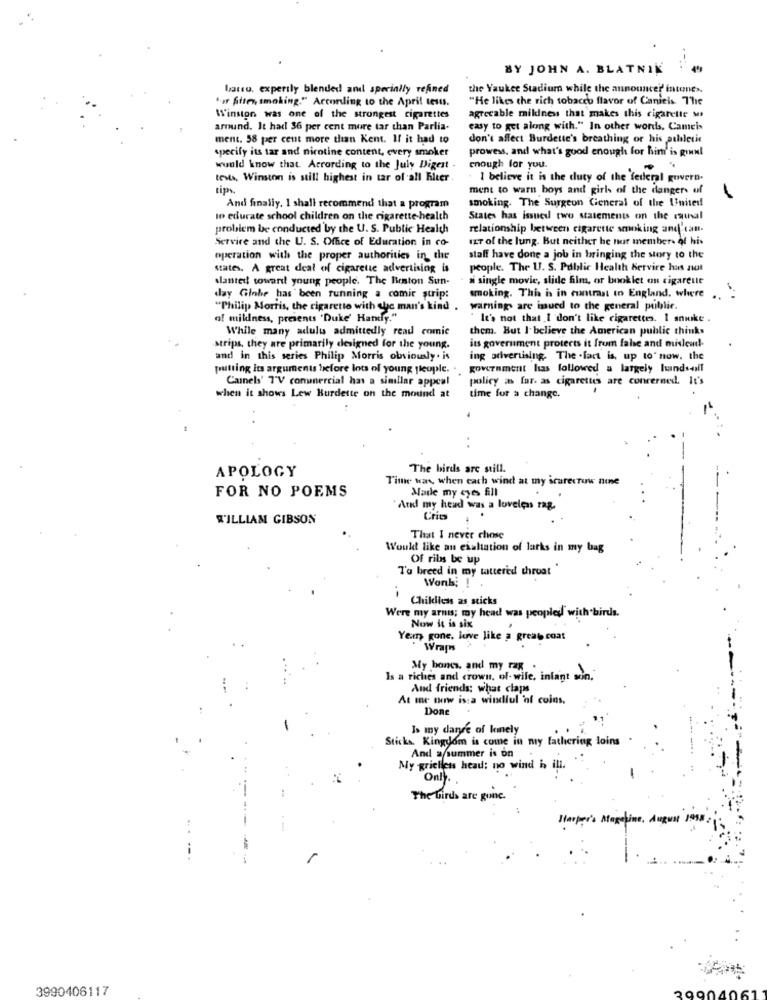
BY JOHN A. BLATNIK
basso, expertly blended and specially refined
the Yaukee Stadium while the announcer' intone>.
har filter, smoking." According to the April tests.
"He likes the rich tobacco flavor of Canich The
Winston was one of the strongest cigarettes
agreeable mildness that makes this cigarette ses
around. It had 36 per cent more tar than Parlia-
casy to get along with." In other words, Cameis
ment. 58 per cent more than Kent. If it had to
don't affect Burdette's breathing or his paliletit
specify its tar and nicotine content, every smoker
prowess, and what's good enough for him' is giul
would know that. According to the July Digest .
enough for you.
. .
tests, Winston is still highest in tar of all Eiter.
I believe it is the duty of the federal govern.
tips
ment to warn boys and girls of the dangers of
And finally, I shall recommend that a program
smoking. The Surgeon General of the United
to educate school children on the cigarette-health
States has issuedl two statements on the manual
problem be conducted by the U. S. Public Health
relationship between cigarette smoking and tan-
Servire and the U. S. Office of Eduration in co-
war of the lung. But neither he nur members of his
operation with the proper authorities in the
staff have done a job in bringing the story to the
states. A great deal of cigarette advertising is
people. The U. S. Public Health Servire has not
slanted toward young people. The Beston Sun-
ai single movie, slide film, or booklet on cigarette
day Ginhe has been running a comic strip:
smoking. This is in contrast to England, where
"Philip Morris, the cigarette with che man's kind
warning are inued to the general public.
of mildness, presents "Duke' Handy."
It's not that I don't like cigarettes. I snike .
While many adults admittedly read comic
them. But I believe the American public thinks
strips, they are primarily designed for the young.
its government protects it from false and mislead-
and in this series Philip Morris obviously. is
ing advertising, The . fact is, up to' now, the
putting its arguments before lots of young people. .
government has followed a largely hands-off
Camels' 7'V commercial has a simillar appeal
policy is far. as cigarettes are concerned. It's
when it shows Lew Burdette on the mound at
time for a change.
. .
The birds are still.
APOLOGY
Time was, when cach wind at my scarecrow nine
Made my eyes fill
FOR NO POEMS
"And my head was a loveless rag.
WILLIAM GIBSON
Criss
That I never chose
Would like an exaltation of larks in my bag
Of ribs be up
Tu breed in my tattered throat
Work; !
Chilliess as sticks
Were my arms; my head was people with birds.
Now it is six
Year gone, live like a great coat
Wraps
My bones, and my rag
Is a riches and crown, of- wile, infant son."
And friends: what claps
At me now is:a windlul 'of coins.
Done
Is my danre af lonely
Sticks. Kingdom is come in my fathering loins
And a summer is on
My gricliens head: no wind is ill.
Only.
The birds are gone.
Harper's Megetine, August 1958
-.-
3990406117